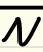
$\mathcal{N}$